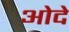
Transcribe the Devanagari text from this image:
ओदे